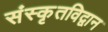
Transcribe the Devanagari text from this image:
संस्कृतविद्वान